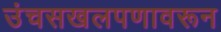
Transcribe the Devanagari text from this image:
उंचसखलपणावरून